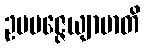
ဥပပဇ္ဇေယျာမာတိ